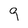
Character: 9